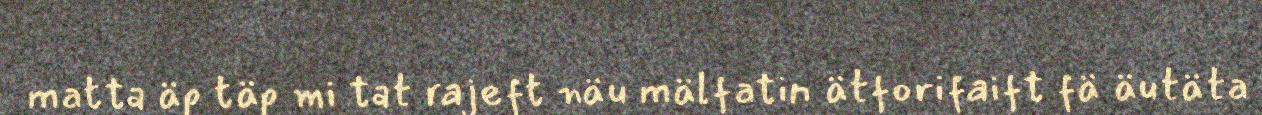
matta äp täp mi tat rajeft näu mälfatin ätforifaift fä äutäta